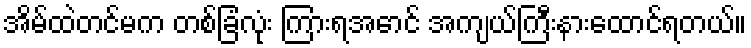
အိမ်ထဲတင်မက တစ်ခြံလုံး ကြားရအောင် အကျယ်ကြီးနားထောင်ရတယ်။